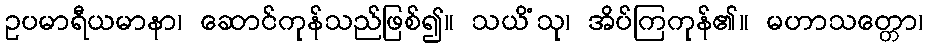
ဥပမာရီယမာနာ၊ ဆောင်ကုန်သည်ဖြစ်၍။ သယိံသု၊ အိပ်ကြကုန်၏။ မဟာသတ္တော၊